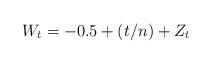
LaTeX: \begin{align*}W_{t}= -0.5+ (t/n) + Z_{t}\end{align*}